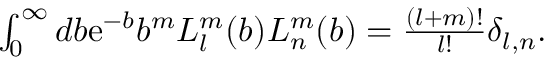
\begin{array} { r } { \int _ { 0 } ^ { \infty } d b \mathrm { e } ^ { - b } b ^ { m } L _ { l } ^ { m } ( b ) L _ { n } ^ { m } ( b ) = \frac { ( l + m ) ! } { l ! } \delta _ { l , n } . } \end{array}